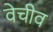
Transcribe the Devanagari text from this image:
वेचीव